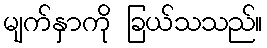
မျက်နှာကို ခြယ်သသည်။